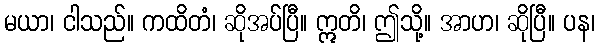
မယာ၊ ငါသည်။ ကထိတံ၊ ဆိုအပ်ပြီ။ ဣတိ၊ ဤသို့။ အာဟ၊ ဆိုပြီ။ ပန၊